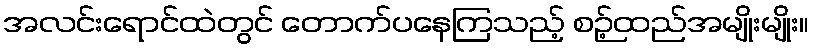
အလင်းရောင်ထဲတွင် တောက်ပနေကြသည့် စဉ့်ထည်အမျိုးမျိုး။